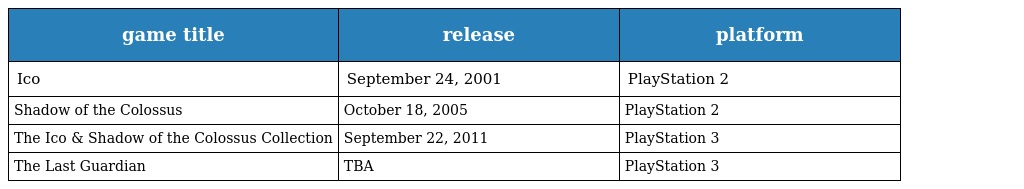
| game title | release | platform |
 | --- | --- | --- |
 | Ico | September 24, 2001 | PlayStation 2 |
 | Shadow of the Colossus | October 18, 2005 | PlayStation 2 |
 | The Ico & Shadow of the Colossus Collection | September 22, 2011 | PlayStation 3 |
 | The Last Guardian | TBA | PlayStation 3 |